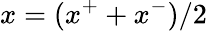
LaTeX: x=(x^{+}+x^{-})/2